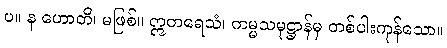
ပ။ န ဟောတိ၊ မဖြစ်။ ဣတရေသံ၊ ကမ္မသမုဋ္ဌာန်မှ တစ်ပါးကုန်သော။